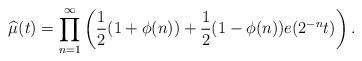
LaTeX: \begin{align*}\widehat{\mu}(t)=\prod\limits_{n=1}^{\infty}\left(\frac{1}{2}(1+\phi(n))+\frac{1}{2}(1-\phi(n))e(2^{-n}t)\right).\end{align*}